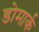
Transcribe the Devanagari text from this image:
डोमार्क